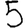
Digit: 5